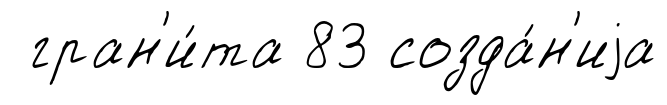
гран'и́та 83 созда́н'иjа